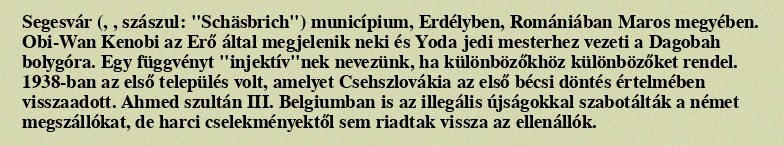
Segesvár (, , szászul: "Schäsbrich") municípium, Erdélyben, Romániában Maros megyében. Obi-Wan Kenobi az Erő által megjelenik neki és Yoda jedi mesterhez vezeti a Dagobah bolygóra. Egy függvényt "injektív"nek nevezünk, ha különbözőkhöz különbözőket rendel. 1938-ban az első település volt, amelyet Csehszlovákia az első bécsi döntés értelmében visszaadott. Ahmed szultán III. Belgiumban is az illegális újságokkal szabotálták a német megszállókat, de harci cselekményektől sem riadtak vissza az ellenállók.